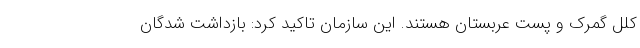
کلل گمرک و پست عربستان هستند. این سازمان تاکید کرد: بازداشت شدگان